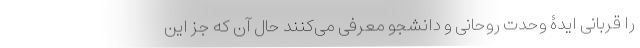
را قربانی ایدۀ وحدت روحانی و دانشجو معرفی می‌کنند حال آن که جز این